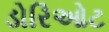
ડોરિઓટ